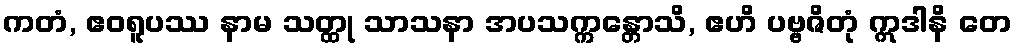
ကတံ, ဧဝရူပဿ နာမ သတ္ထု သာသနာ အပသက္ကန္တောသိ, ဧဟိ ပဗ္ဗဇိတုံ ဣဒါနိ တေ